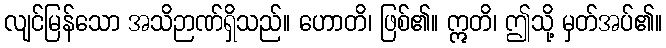
လျင်မြန်သော အသိဉာဏ်ရှိသည်။ ဟောတိ၊ ဖြစ်၏။ ဣတိ၊ ဤသို့ မှတ်အပ်၏။